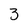
Character: 3